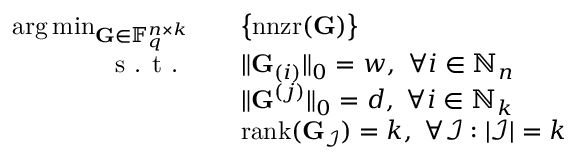
\begin{array} { r l } { \arg \operatorname* { m i n } _ { \mathbf { G } \in \mathbb { F } _ { q } ^ { n \times k } } \quad } & { \big \{ \mathrm { n n z r } ( \mathbf { G } ) \big \} } \\ { \textrm { s . t . } \quad } & { \| \mathbf { G } _ { ( i ) } \| _ { 0 } = w , \ \forall i \in \mathbb { N } _ { n } } \\ & { \| \mathbf { G } ^ { ( j ) } \| _ { 0 } = d , \ \forall i \in \mathbb { N } _ { k } } \\ & { \mathrm { r a n k } ( \mathbf { G } _ { \mathcal { I } } ) = k , \ \forall \mathcal { I } : | \mathcal { I } | = k } \end{array}